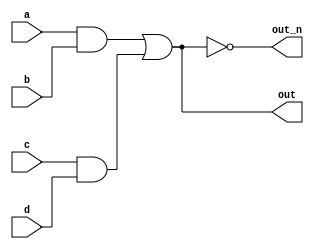
`default_nettype none
module top_module(
    input a,
    input b,
    input c,
    input d,
    output out,
    output out_n   ); 
	wire and1, and2;
    assign and1 = a & b;
    assign and2 = c & d;
    assign out = (and1 | and2);
    assign out_n = ~out;
endmodule